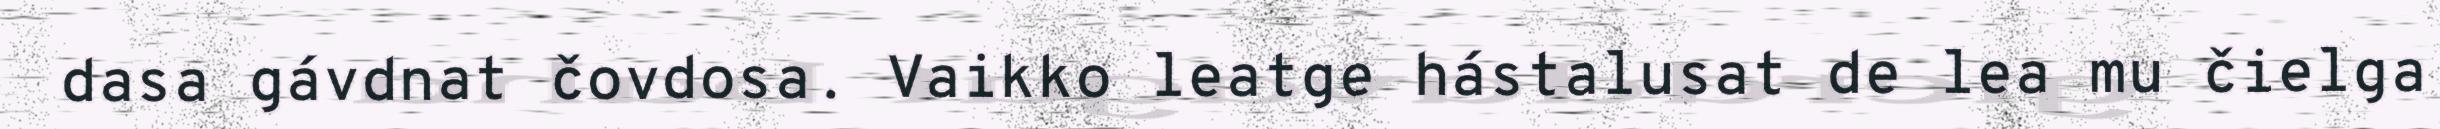
dasa gávdnat čovdosa. Vaikko leatge hástalusat de lea mu čielga